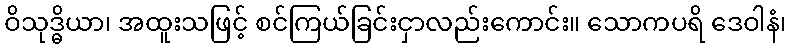
ဝိသုဒ္ဓိယာ၊ အထူးသဖြင့် စင်ကြယ်ခြင်းငှာလည်းကောင်း။ သောကပရိ ဒေဝါနံ၊